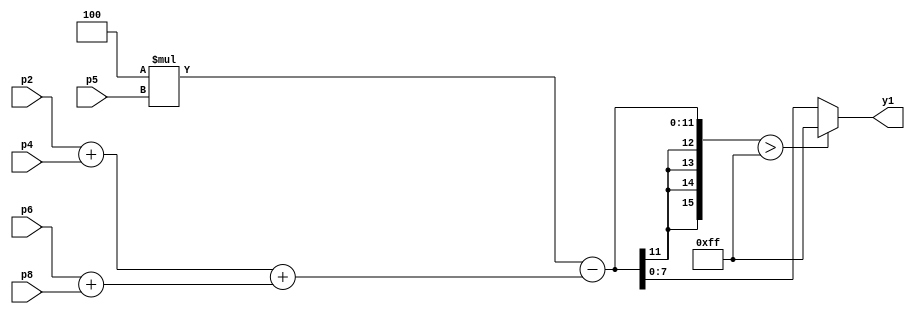
// AMSG for Laplacian #3 kernel

module AMSG_laplacian_3(
  input [7:0] p2, p4, p5, p6, p8,
  output reg [7:0] y1
    );
    wire [15:0] ys1;
    wire [8:0] n1, n2, n3;
    wire [15:0] m1;
    
    assign n1 = p2 + p4;
    assign n2 = p6 + p8;
    assign n3 = n1 + n2;
	assign m1 = 4 * p5;
    assign ys1 = m1 - n3;
    always@(ys1)
    begin
    if(ys1 > 255)
      y1 <= 255;
    else
      y1 <= ys1;
    end
endmodule